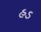
હડ